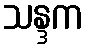
သန္ဒက